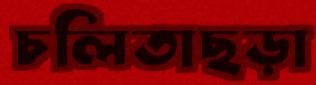
চলিতাছড়া